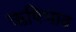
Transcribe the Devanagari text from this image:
ऋषिभाव